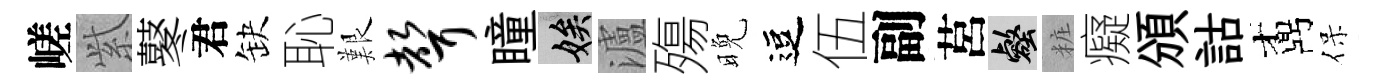
嵯𬗋鼕君缺恥艱声瞳娭瀘殤晚逗伍副莒壑粧癡頒詁鼒保